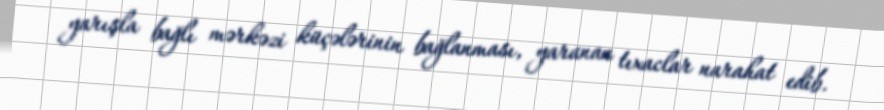
yarışla bağlı mərkəzi küçələrinin bağlanması, yaranan tıxaclar narahat edib.